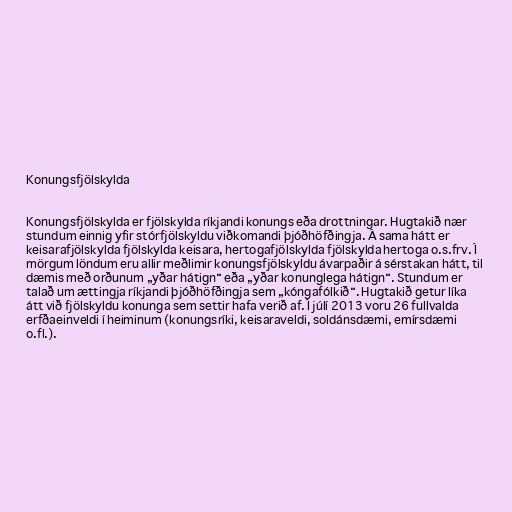
Konungsfjölskylda

Konungsfjölskylda er fjölskylda ríkjandi konungs eða drottningar. Hugtakið nær
stundum einnig yfir stórfjölskyldu viðkomandi þjóðhöfðingja. Á sama hátt er
keisarafjölskylda fjölskylda keisara, hertogafjölskylda fjölskylda hertoga o.s.frv. Í
mörgum löndum eru allir meðlimir konungsfjölskyldu ávarpaðir á sérstakan hátt, til
dæmis með orðunum „yðar hátign“ eða „yðar konunglega hátign“. Stundum er
talað um ættingja ríkjandi þjóðhöfðingja sem „kóngafólkið“. Hugtakið getur líka
átt við fjölskyldu konunga sem settir hafa verið af. Í júlí 2013 voru 26 fullvalda
erfðaeinveldi í heiminum (konungsríki, keisaraveldi, soldánsdæmi, emírsdæmi
o.fl.).